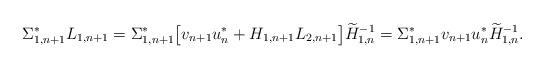
LaTeX: \begin{align*} \Sigma_{1, n+1}^* L_{1, n+1} = \Sigma_{1, n+1}^* \big[ v_{n+1} u_n^* + H_{1, n+1}L_{2, n+1} \big] \widetilde H_{1,n}^{-1} = \Sigma_{1, n+1}^* v_{n+1} u_n^* \widetilde H_{1,n}^{-1}. \end{align*}